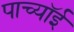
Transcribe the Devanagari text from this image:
पाच्यॉई